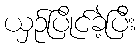
ယှဉ်ပြိုင်ခဲ့ပြီး